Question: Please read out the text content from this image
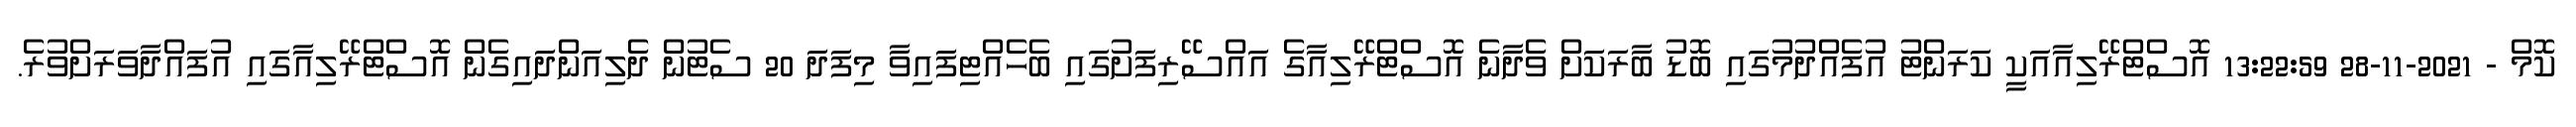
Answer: ކޮމް - 2021-11-28 13:22:59 އޮސްޓްރޭލިއާއަކީ ކަރަންޓު އުފެއްދުމުގައި ބޮޑު ބާރަކަށް ވެދާނެ އޮސްޓްރޭލިއާގެ އައްސޭރިފަށުގައި ބެހެއްޓިފައިވާ މިފަދަ 20 ސެޓުން ދެލިއަންދައިގެން އޮސްޓްރޭލިއާގައި އުފައްދާވަރަށްވުރެ.